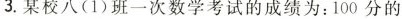
3.某校八(1)班一次数学考试的成绩为：100分的